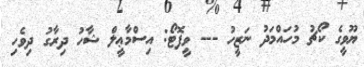
ޔޫވީގެ ކޯޗު މުހައްމަދު ނަޒީހު --- ވީފޮޓޯ: އިސްމާޢީލް ޝާހު ދިރާގު ދިވެހި